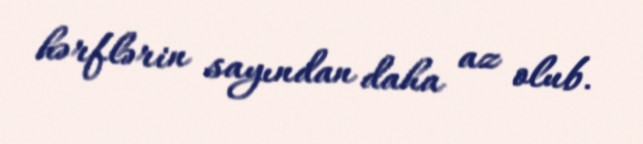
hərflərin sayından daha az olub.